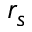
r _ { s }